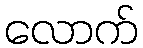
လောက်